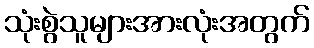
သုံးစွဲသူများအားလုံးအတွက်